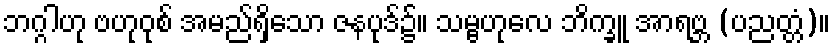
ဘဂ္ဂါဟု ဗဟုဝုစ် အမည်ရှိသော ဇနပုဒ်၌။ သမ္ဗဟုလေ ဘိက္ခူ အာရဗ္ဘ (ပညတ္တံ)။